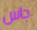
جاس